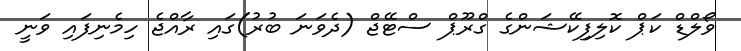
ވޯލްޑް ކަޕް ކޮލިފިކޭޝަންގެ ގްރޫޕް ސްޓޭޖް (ދެވަނަ ބުރު)ގައި ރާއްޖެ ހިމެނިފައި ވަނީ